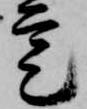
定